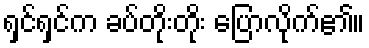
ရှင်ရှင်က ခပ်တိုးတိုး ပြောလိုက်၏။